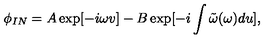
\phi _ { I N } = A \exp [ - i \omega v ] - B \exp [ - i \int \tilde { \omega } ( \omega ) d u ] ,